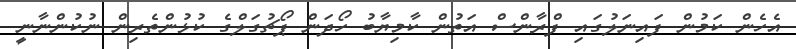
އެހެން ކަމުން ފައިނަލުގައި ފްރާންސް އަތުން ކާމިޔާބު ހޯދަން ޕޯޗުގަލްގެ ކުޅުންތެރިން ނުކުންނާނީ